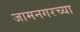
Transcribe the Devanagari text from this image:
जामनगरच्या